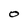
Character: O